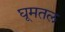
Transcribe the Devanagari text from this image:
घूमतल